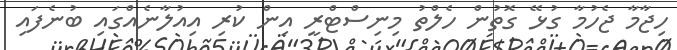
ހިޖާމާ ޖެހުމާ ގުޅޭ ގޮތުން ހެލްތު މިނިސްޓްރީ އިން ކުރި އިއުލާނެއްގައި ބުނެފައި